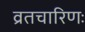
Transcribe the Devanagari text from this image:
व्रतचारिणः